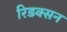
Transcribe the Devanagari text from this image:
रिडक्सन